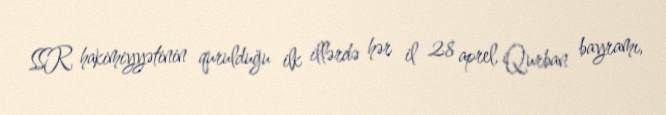
SSR hakimiyyətinin qurulduğu ilk illərdə hər il 28 aprel, Qurban bayramı,